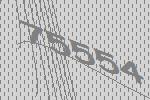
75554